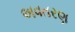
અવતરણ